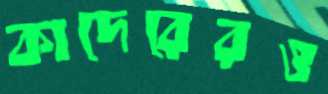
কাদেরেরও